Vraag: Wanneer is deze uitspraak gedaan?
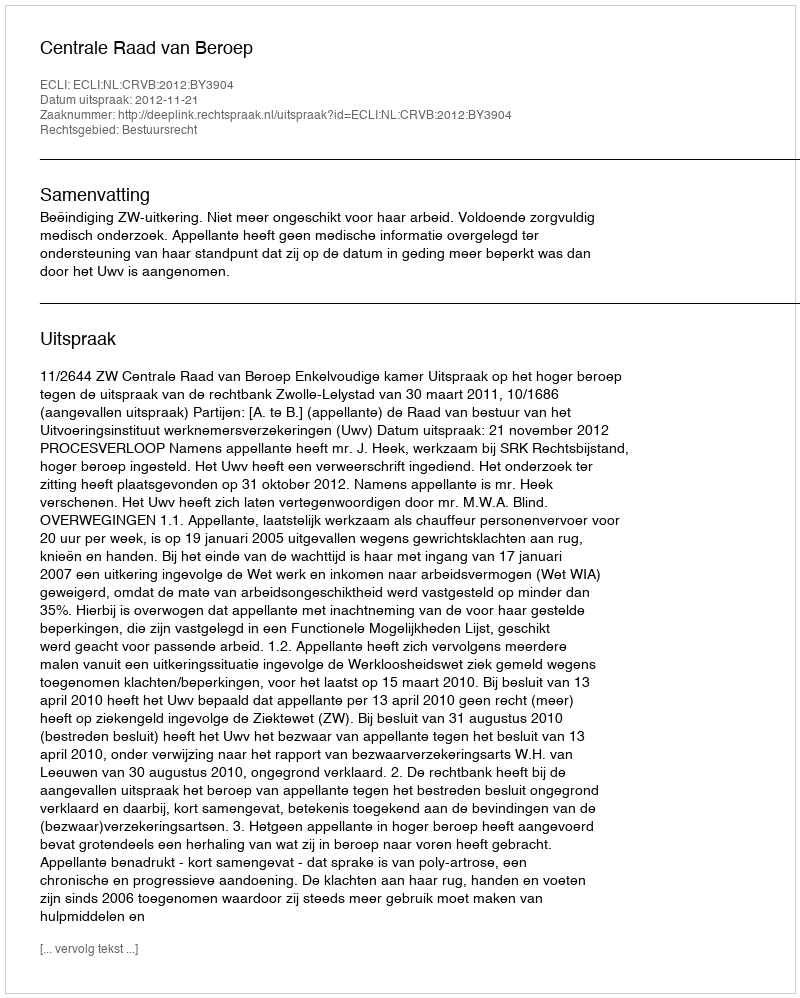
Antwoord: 2012-11-21